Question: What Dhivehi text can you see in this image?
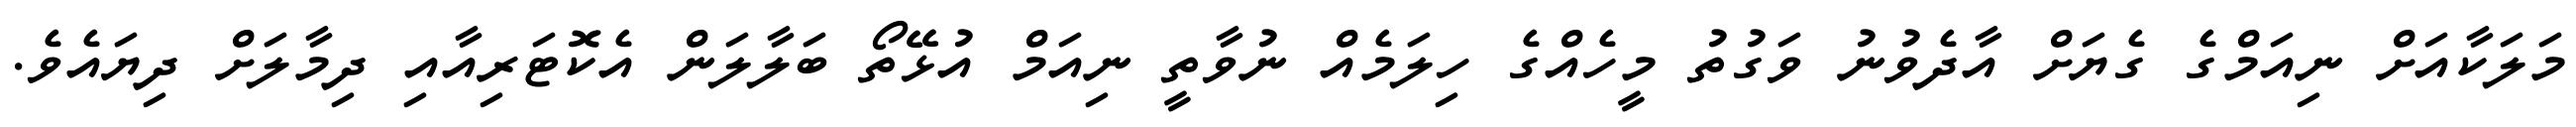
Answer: މަލަކާއަށް ނިއަމްގެ ގެޔަށް އާދެވުނު ވަގުތު މީހެއްގެ ހިލަމެއް ނުވާތީ ނިއަމް އުޅޭތޯ ބަލާލަން އެކޮޓަރިއާއި ދިމާލަށް ދިޔައެވެ.